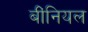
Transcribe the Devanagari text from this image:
बींनियल